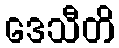
ဒေသီတိ